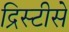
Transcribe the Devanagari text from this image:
द्रिस्टीसे